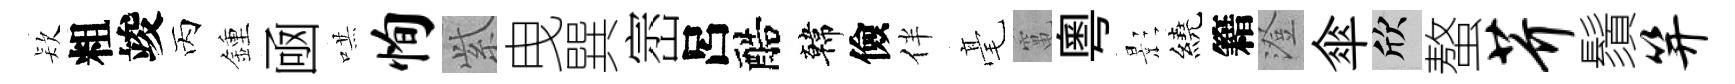
𣣇粗竣丙鍾凾哄恂𬗋曳巽崈呂醅韓儉伴毫𥧄粤影繞籍澄傘欣螯芥鬚笄